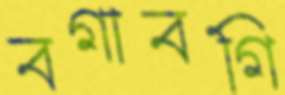
বগাবগি